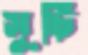
সূচি